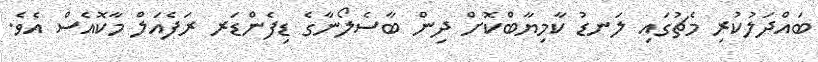
ބައްދަލުކުރި މެޗުގައި ލަނޑު ކާމިޔާބްކޮށް ދިން ބާސެލޯނާގެ ޑިފެންޑަރ ރަފެއަލް މާކޮއެސް އެވެ.